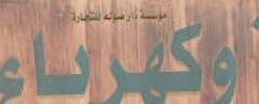
الالكترناء